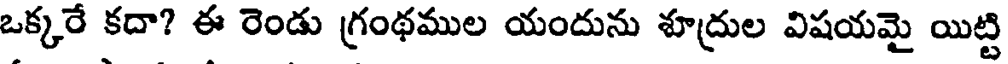
ఒక్కరే కదా? ఈ రెండు గ్రంథముల యందును శూద్రుల విషయమై యిట్టి